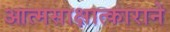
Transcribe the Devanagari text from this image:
आत्मसाक्षात्काराने